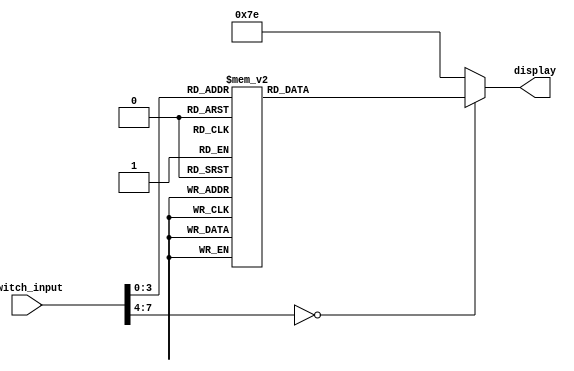

/*
Controlador de display de 7 segmentos

Convierte la entrada binaria de los switches de la FPGA a un valor de 0 a 9

Entradas:
    switch_input: Valor de los switches de la FPGA.

Salidas:
    data_segmentos_out: Valor de los segmentos del display de 7 segmentos.
*/
module segmentos_7(
    input [7:0] switch_input,
    output reg [6:0] display
);

    // Asignacin de los valores de los segmentos del display de 7 segmentos
    always @(*) begin
        case(switch_input)
            0:
                display = 7'h40;
            1:
                display = 7'h79;
            2:
                display = 7'h24;
            3:
                display = 7'h30;
            4:
                display = 7'h19;
            5:
                display = 7'h12;
            6:
                display = 7'h02;
            7:
                display = 7'h78;
            8:
                display = 7'h00;
            9:
                display = 7'h18;
            default:
                display = 7'h7E;
        endcase
    end

endmodule